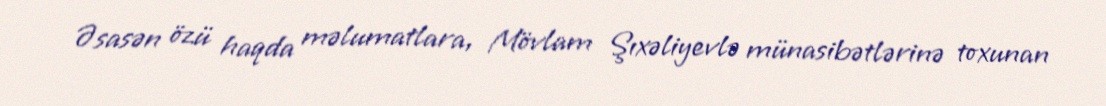
Əsasən özü haqda məlumatlara, Mövlam Şıxəliyevlə münasibətlərinə toxunan